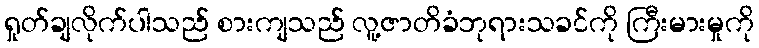
ရှုတ်ချလိုက်ပါသည် စားကျသည် လူ့ဇာတိခံဘုရားသခင်ကို ကြီးမားမှုကို